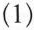
(1)